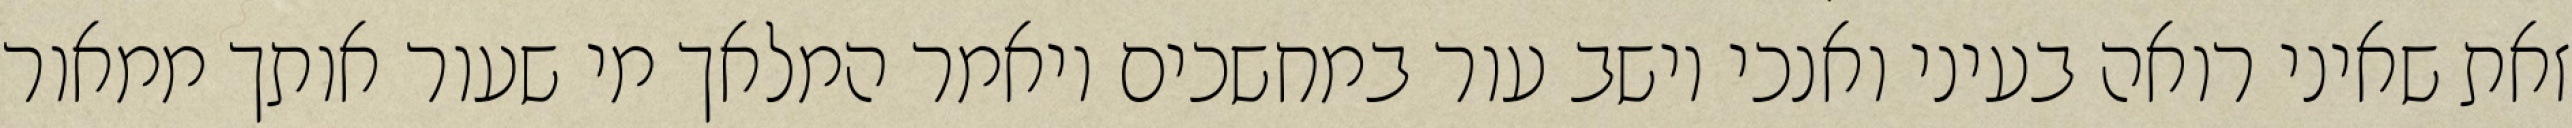
זאת שאיני רואה בעיני ואנכי יושב עור במחשכים ויאמר המלאך מי שעור אותך ממאור